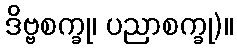
ဒိဗ္ဗစက္ခု၊ ပညာစက္ခု)။